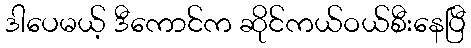
ဒါပေမယ့် ဒီကောင်က ဆိုင်ကယ်ဝယ်စီးနေပြီ